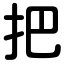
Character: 把